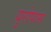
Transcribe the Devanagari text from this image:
युरोपास